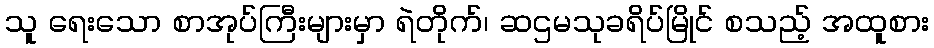
သူ ရေးသော စာအုပ်ကြီးများမှာ ရဲတိုက်၊ ဆဌမသုခရိပ်မြိုင် စသည့် အထူစား